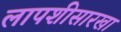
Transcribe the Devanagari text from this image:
लापशीसारखा